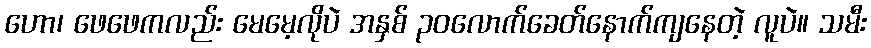
ဟော၊ ဖေဖေကလည်း မေမေ့လိုပဲ အနှစ် ၃၀လောက်ခေတ်နောက်ကျနေတဲ့ လူပဲ။ သမီး